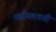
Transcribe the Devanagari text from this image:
महीकावती